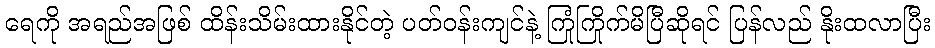
ရေကို အရည်အဖြစ် ထိန်းသိမ်းထားနိုင်တဲ့ ပတ်ဝန်းကျင်နဲ့ ကြုံကြိုက်မိပြီဆိုရင် ပြန်လည် နိုးထလာပြီး